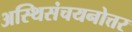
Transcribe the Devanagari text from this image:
अस्थिसंचयनोत्तर